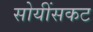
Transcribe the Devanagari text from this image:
सोयींसकट